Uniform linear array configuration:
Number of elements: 16
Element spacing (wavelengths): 0.75
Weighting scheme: hamming
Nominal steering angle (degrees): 45
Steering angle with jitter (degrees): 46.597
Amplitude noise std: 0.05
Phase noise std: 0.05

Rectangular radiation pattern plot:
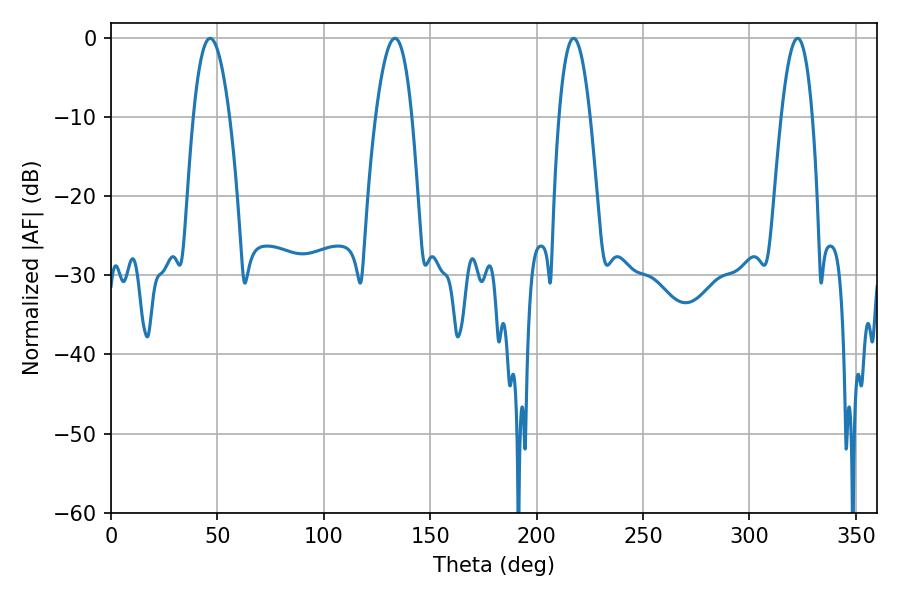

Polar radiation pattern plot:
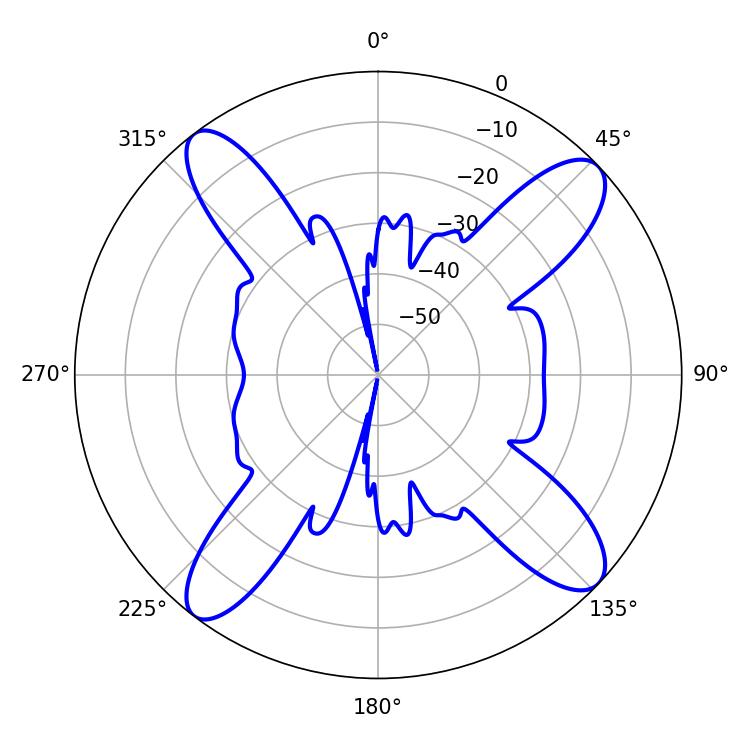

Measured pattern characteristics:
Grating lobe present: TRUE
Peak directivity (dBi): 14.419
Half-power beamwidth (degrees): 9.36
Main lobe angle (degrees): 46.62